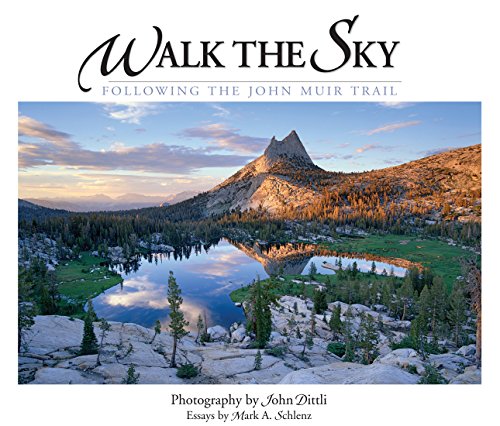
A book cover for Walk the Sky: Following the John Muir Trail (Companion Press Series); Mark A. Schlenz; Arts & Photography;